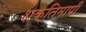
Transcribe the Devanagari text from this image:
शक्तिमापी